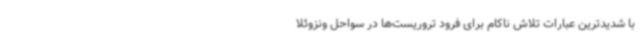
با شدیدترین عبارات تلاش ناکام برای فرود تروریست‌ها در سواحل ونزوئلا